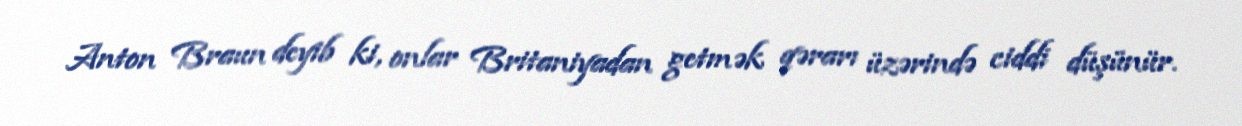
Anton Braun deyib ki, onlar Britaniyadan getmək qərarı üzərində ciddi düşünür.